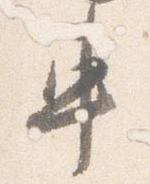
車